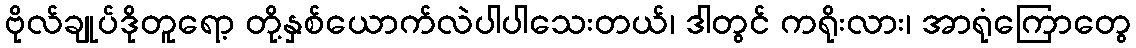
ဗိုလ်ချုပ်ဒိုတူရော့ တို့နှစ်ယောက်လဲပါပါသေးတယ်၊ ဒါတွင် ကရိုးလား၊ အာရုံကြောတွေ